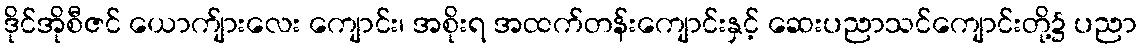
ဒိုင်အိုစီဇင် ယောက်ျားလေး ကျောင်း၊ အစိုးရ အထက်တန်းကျောင်းနှင့် ဆေးပညာသင်ကျောင်းတို့၌ ပညာ